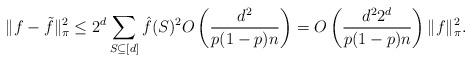
LaTeX: \begin{align*} \|f-\tilde{f}\|_\pi^2 \leq 2^d \sum_{S \subseteq [d]} \hat{f}(S)^2 O\left(\frac{d^2}{p(1-p)n}\right) = O\left(\frac{d^2 2^d}{p(1-p)n}\right) \|f\|_{\pi}^2.\end{align*}